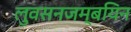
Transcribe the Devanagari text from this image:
लुवसनजम्बयिन